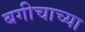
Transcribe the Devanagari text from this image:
बगीचाच्या